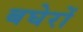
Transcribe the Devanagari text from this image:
बघेरों